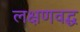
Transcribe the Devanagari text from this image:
लक्षणवद्ध